Lunatic asylums Madras 1877-1891 - 1877-1891
Year: 1877
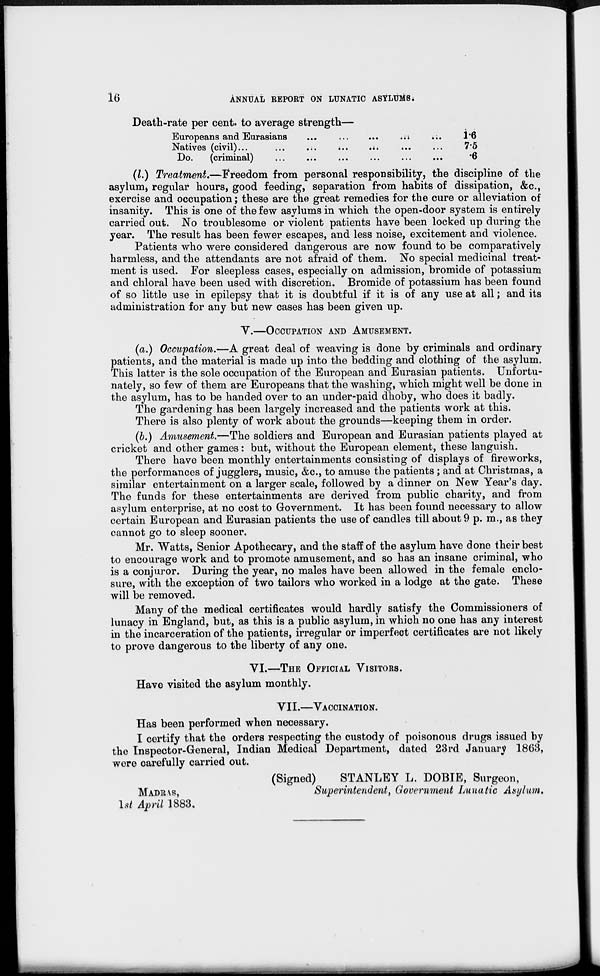
16
ANNUAL REPORT ON LUNATIC ASYLUMS.
Death-rate per cent. to average strength—
Europeans and Eurasians ... ... ... ... ...
Natives (civil)
...
...
...
...
...
...
Do.
(criminal)
...
...
...
...
...
...
1.6
7.5
.6
(l.) Treatment.—Freedom from personal responsibility, the discipline of the
asylum, regular hours, good feeding, separation from habits of dissipation, &c.,
exercise and occupation; these are the great remedies for the cure or alleviation of
insanity. This is one of the few asylums in which the open-door system is entirely
carried out. No troublesome or violent patients have been locked up during the
year. The result has been fewer escapes, and less noise, excitement and violence.
Patients who were considered dangerous are now found to be comparatively
harmless, and the attendants are not afraid of them. No special medicinal treat-
ment is used. For sleepless cases, especially on admission, bromide of potassium
and chloral have been used with discretion. Bromide of potassium has been found
of so little use in epilepsy that it is doubtful if it is of any use at all; and its
administration for any but new cases has been given up.
V.—OCCUPATION AND AMUSEMENT.
(a.) Occupation.—A great deal of weaving is done by criminals and ordinary
patients, and the material is made up into the bedding and clothing of the asylum.
This latter is the sole occupation of the European and Eurasian patients. Unfortu-
nately, so few of them are Europeans that the washing, which might well be done in
the asylum, has to be handed over to an under-paid dhoby, who does it badly.
The gardening has been largely increased and the patients work at this.
There is also plenty of work about the grounds—keeping them in order.
(b.) Amusement.—The soldiers and European and Eurasian patients played at
cricket and other games: but, without the European element, these languish.
There have been monthly entertainments consisting of displays of fireworks,
the performances of jugglers, music, &c., to amuse the patients; and at Christmas, a
similar entertainment on a larger scale, followed by a dinner on New Year's day.
The funds for these entertainments are derived from public charity, and from
asylum enterprise, at no cost to Government. It has been found necessary to allow
certain European and Eurasian patients the use of candles till about 9 p. m., as they
cannot go to sleep sooner.
Mr. Watts, Senior Apothecary, and the staff of the asylum have done their best
to encourage work and to promote amusement, and so has an insane criminal, who
is a conjuror. During the year, no males have been allowed in the female enclo-
sure, with the exception of two tailors who worked in a lodge at the gate. These
will be removed.
Many of the medical certificates would hardly satisfy the Commissioners of
lunacy in England, but, as this is a public asylum, in which no one has any interest
in the incarceration of the patients, irregular or imperfect certificates are not likely
to prove dangerous to the liberty of any one.
VI.—THE OFFICIAL VISITORS.
Have visited the asylum monthly.
VII.—VACCINATION.
Has been performed when necessary.
I certify that the orders respecting the custody of poisonous drugs issued by
the Inspector-General, Indian Medical Department, dated 23rd January 1863,
were carefully carried out.
MADRAS,
1st April 1883.
(Signed)
STANLEY L. DOBIE, Surgeon,
Superintendent, Government Lunatic Asylum.